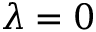
\lambda = 0